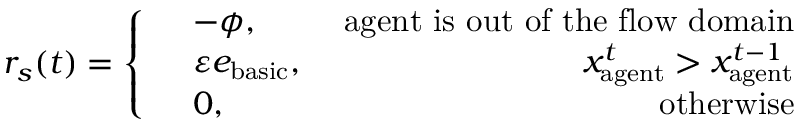
r _ { s } ( t ) = \left\{ \begin{array} { r l r } & { - \phi , \ } & { \mathrm { a g e n t ~ i s ~ o u t ~ o f ~ t h e ~ f l o w ~ d o m a i n } } \\ & { \varepsilon e _ { \mathrm { b a s i c } } , \ } & { x _ { \mathrm { a g e n t } } ^ { t } > x _ { \mathrm { a g e n t } } ^ { t - 1 } } \\ & { 0 , \ } & { \mathrm { o t h e r w i s e } } \end{array} \right.